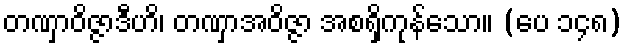
တဏှာဝိဇ္ဇာဒီဟိ၊ တဏှာအဝိဇ္ဇာ အစရှိကုန်သော။ (ပေ ၁၄၈)